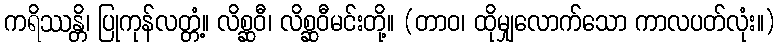
ကရိဿန္တိ၊ ပြုကုန်လတ္တံ့။ လိစ္ဆဝီ၊ လိစ္ဆဝီမင်းတို့။ (တာဝ၊ ထိုမျှလောက်သော ကာလပတ်လုံး။)